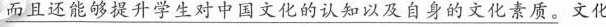
\underline{而且还能够提升学生对中国文化的认知以及自身的文化素质。}文化